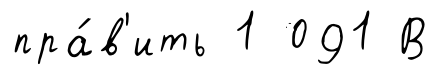
пра́в'ить 1 091 В